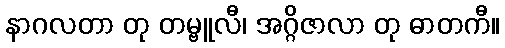
နာဂလတာ တု တမ္ဗူလီ၊ အဂ္ဂိဇာလာ တု ဓာတကီ။